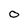
Character: 0